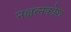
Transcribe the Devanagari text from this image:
नक्षत्नकोश